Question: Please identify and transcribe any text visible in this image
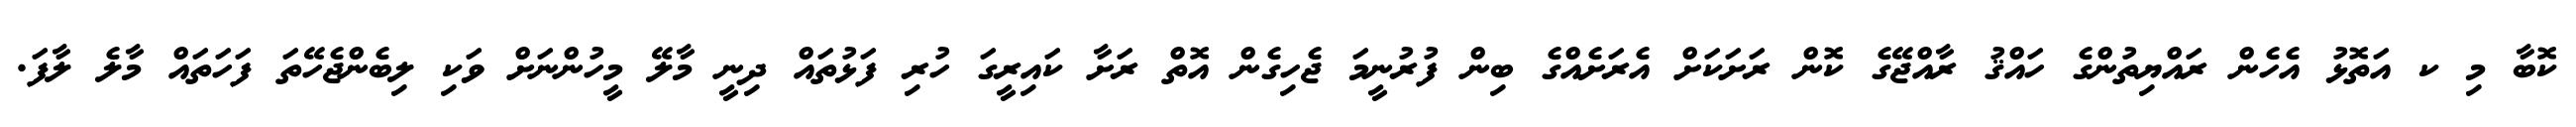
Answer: ކޮބާ މި ކ އަތޮޅު އެހެން ރައްޔިތުންގެ ހައްޤު ރާއްޖޭގެ ކޮން ރަށަކަށް އެރަށެއްގެ ބިން ފުރުނީމަ ޖެހިގެން އޮތް ރަށާ ކައިރީގަ ހުރި ފަޅުތައް ދިނީ މާލޭ މީހުންނަށް ވަކި ލިބެންޖެހޭތަ ފަހަތައް މާލެ ލާފަ.